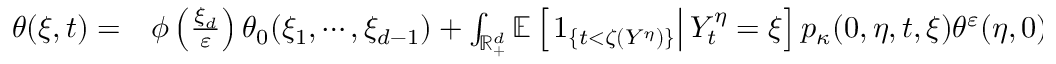
\begin{array} { r l } { \theta ( \xi , t ) = } & { { } \phi \left( \frac { \xi _ { d } } { \varepsilon } \right) \theta _ { 0 } ( \xi _ { 1 } , \cdots , \xi _ { d - 1 } ) + \int _ { \mathbb { R } _ { + } ^ { d } } \mathbb { E } \left[ \left. 1 _ { \{ t < \zeta ( Y ^ { \eta } ) \} } \right| Y _ { t } ^ { \eta } = \xi \right] p _ { \kappa } ( 0 , \eta , t , \xi ) \theta ^ { \varepsilon } ( \eta , 0 ) \mathrm { d } \eta } \end{array}